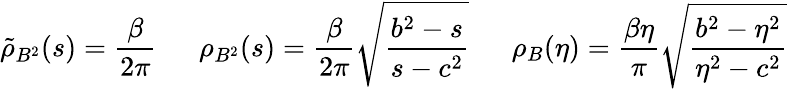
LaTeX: \tilde{\rho}_{B^{2}}(s)=\frac{\beta}{2\pi}\ \ \ \ \ \ \rho_{B^{2}}(s)=\frac{\beta}{2\pi}\sqrt{\frac{b^{2}-s}{s-c^{2}}}\ \ \ \ \ \ \rho_{B}(\eta)=\frac{\beta\eta}{\pi}\sqrt{\frac{b^{2}-\eta^{2}}{\eta^{2}-c^{2}}}